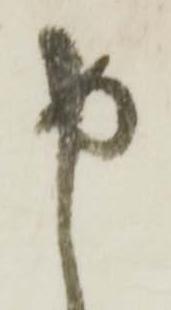
尚